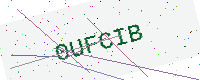
Text: 0UFCIB